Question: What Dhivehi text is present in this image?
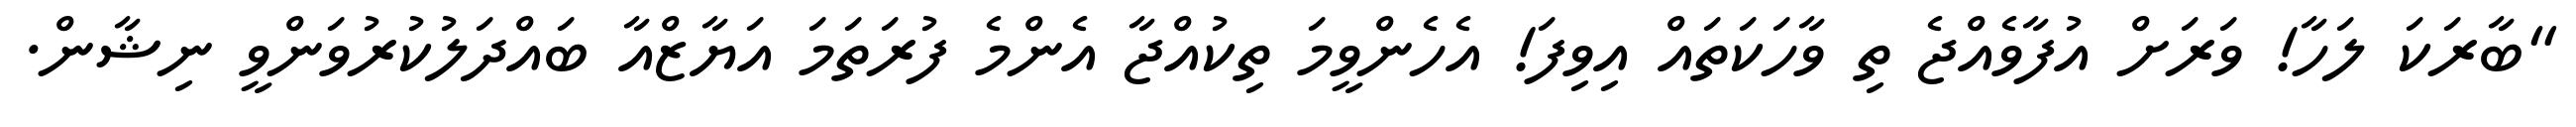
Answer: "ބާރަކަ ލަހާ! ވަރަށް އުފާވެއްޖެ ތި ވާހަކަތައް އިވިފަ! އެހެންވީމަ ތިކުއްޖާ އެންމެ ފުރަތަމަ އަޔާޒްއާ ބައްދަލުކުރުވަންވީ ނިޝާން.